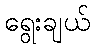
ရွေးချယ်